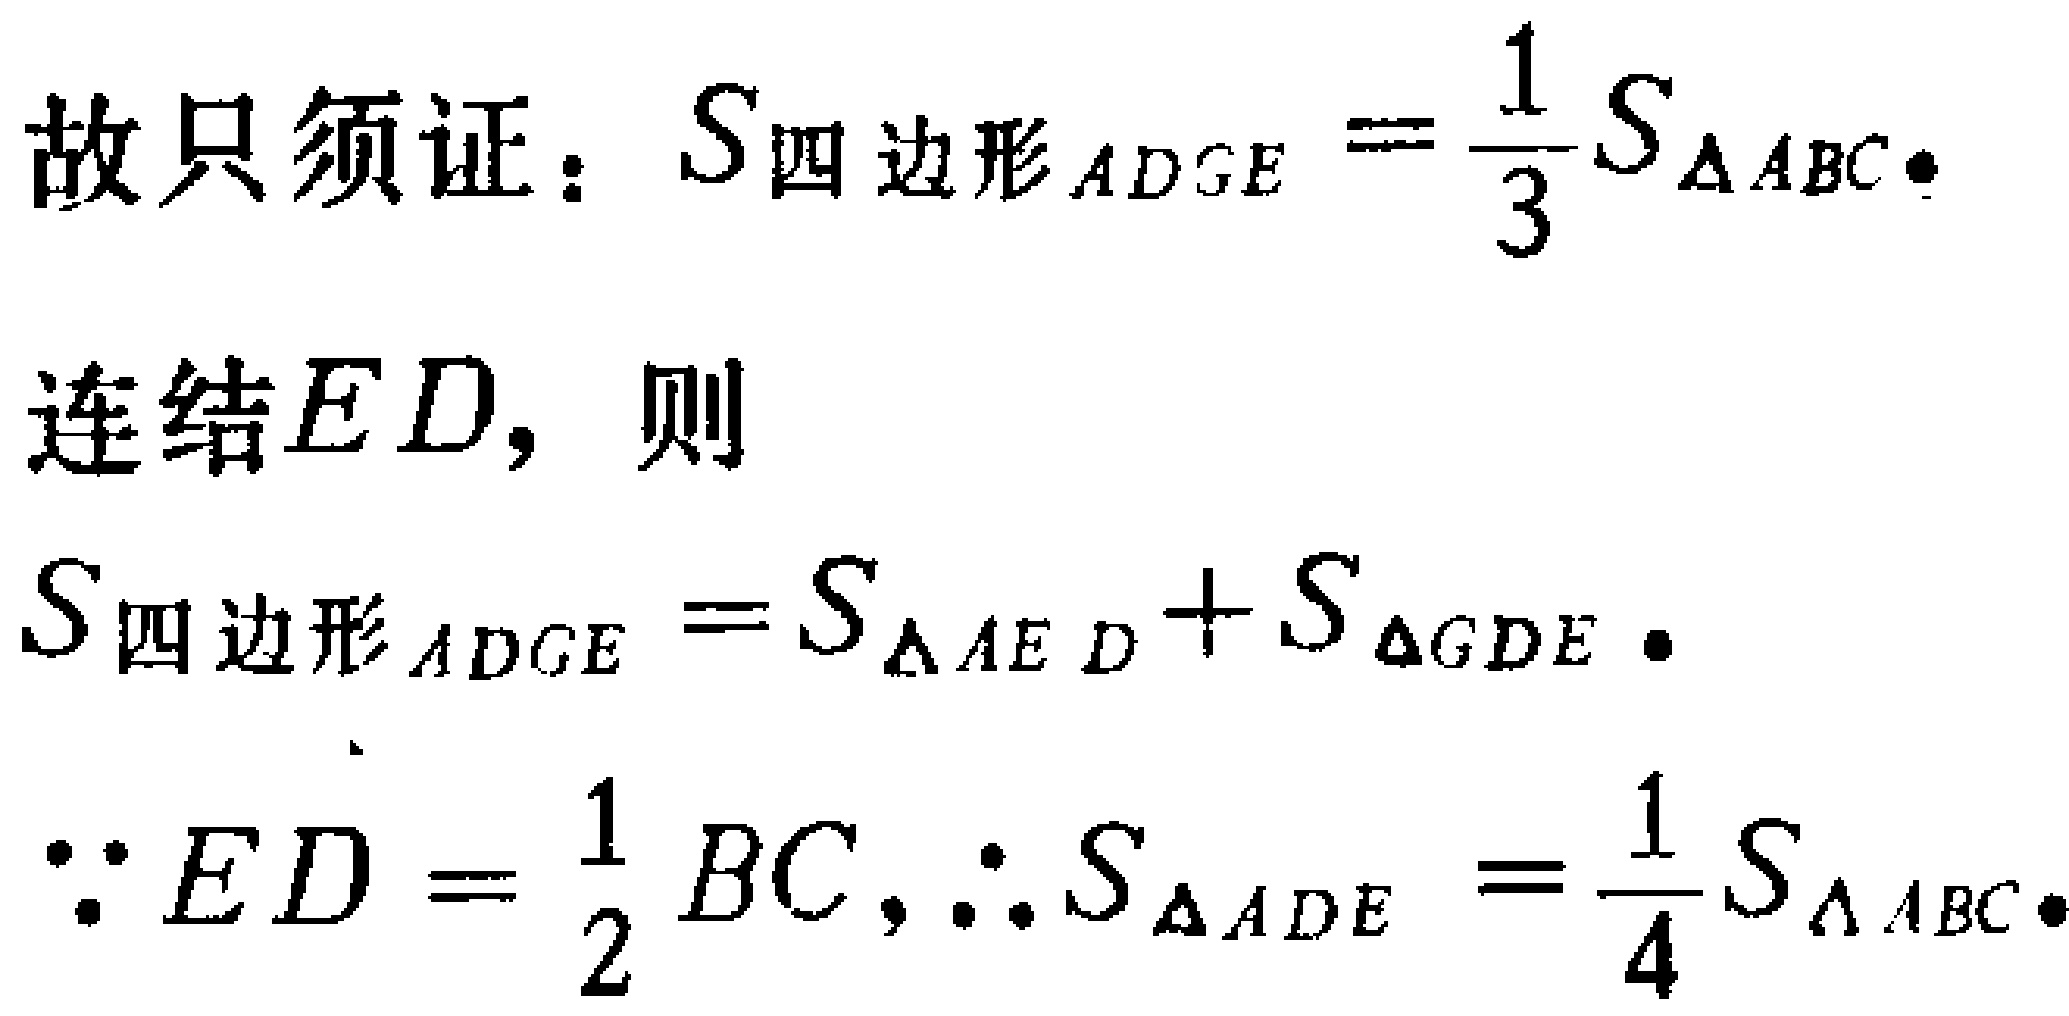
故只须证：\(S_{四边形ADGE}=\frac{1}{3}S_{\triangle ABC}\)。

连结\(ED\)，则

\(S_{四边形ADGE}=S_{\triangle AED}+S_{\triangle GDE}\)。

\(\because ED = \frac{1}{2}BC,\therefore S_{\triangle ADE}=\frac{1}{4}S_{\triangle ABC}\)。